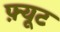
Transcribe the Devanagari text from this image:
फ़्यूट